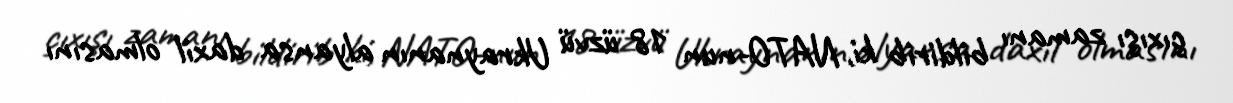
çıxışı zamanı bildirib ki, NATO-nun 18 üzvü Ukraynanın alyansa daxil olmasını